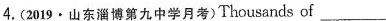
4.(2019·山东淄博第九中学月考)Thousands of ___